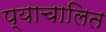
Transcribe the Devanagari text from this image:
प्याचालित